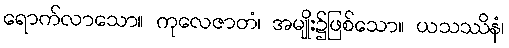
ရောက်လာသော။ ကုလေဇာတံ၊ အမျိုး၌ဖြစ်သော။ ယသဿိနံ၊